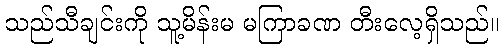
သည်သီချင်းကို သူ့မိန်းမ မကြာခဏ တီးလေ့ရှိသည်။